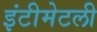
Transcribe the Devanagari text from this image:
इंटीमेटली